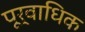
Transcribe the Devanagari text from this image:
पूर्वाधिक